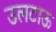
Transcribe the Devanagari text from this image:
उलटाऊ